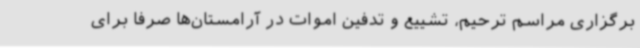
برگزاری مراسم ترحیم، تشییع و تدفین اموات در آرامستان‌ها صرفا برای